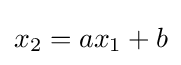
x_{2}=ax_{1}+b